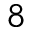
8